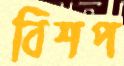
বিশপ